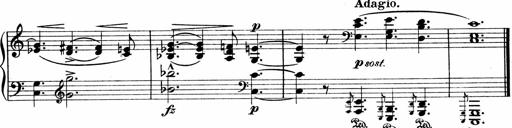
Title: Sonatina No.1
Composer: Otto Stoll
Key: C major